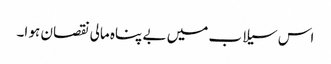
اس سیلاب میں بے پناہ مالی نقصان ہو ا۔